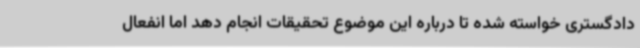
دادگستری خواسته شده تا درباره این موضوع تحقیقات انجام دهد اما انفعال